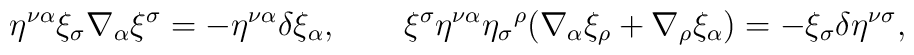
\eta^{\nu\alpha} \xi_{\sigma} \nabla_{\alpha} \xi^{\sigma} =- \eta^{\nu\alpha} \delta \xi_{\alpha}, \qquad \xi^{\sigma}\eta^{\nu\alpha} \eta_{\sigma} {^{\rho}} (\nabla_{\alpha}\xi_{\rho}     +  \nabla_{\rho} \xi_{\alpha}) = - \xi_{\sigma} \delta\eta^{\nu\sigma},